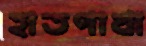
হাতপাখা